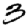
Digit: 3